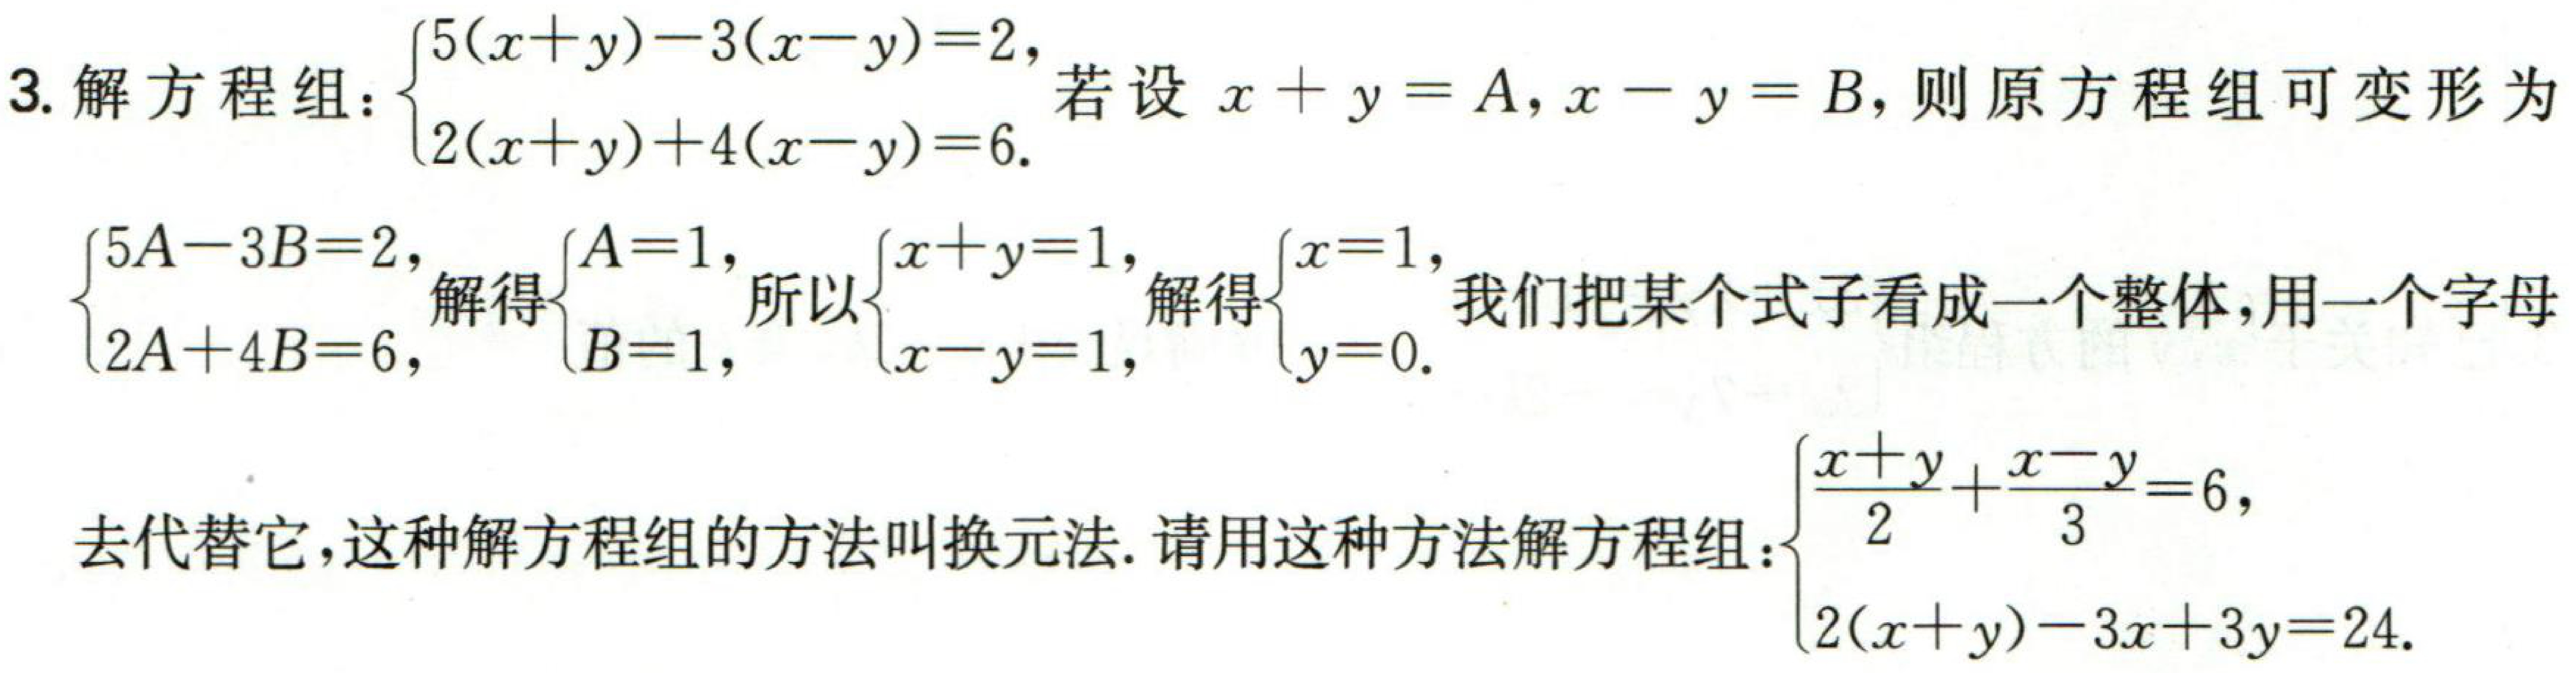
3. 解方程组：\(\begin{cases}5(x + y)-3(x - y)=2,\\2(x + y)+4(x - y)=6.\end{cases}\) 若设 \(x + y = A\)，\(x - y = B\)，则原方程组可变形为\(\begin{cases}5A - 3B = 2,\\2A + 4B = 6,\end{cases}\) 解得\(\begin{cases}A = 1,\\B = 1,\end{cases}\) 所以\(\begin{cases}x + y = 1,\\x - y = 1,\end{cases}\) 解得\(\begin{cases}x = 1,\\y = 0.\end{cases}\) 我们把某个式子看成一个整体，用一个字母去代替它，这种解方程组的方法叫换元法. 请用这种方法解方程组：\(\begin{cases}\dfrac{x + y}{2}+\dfrac{x - y}{3}=6,\\2(x + y)-3x + 3y = 24.\end{cases}\)